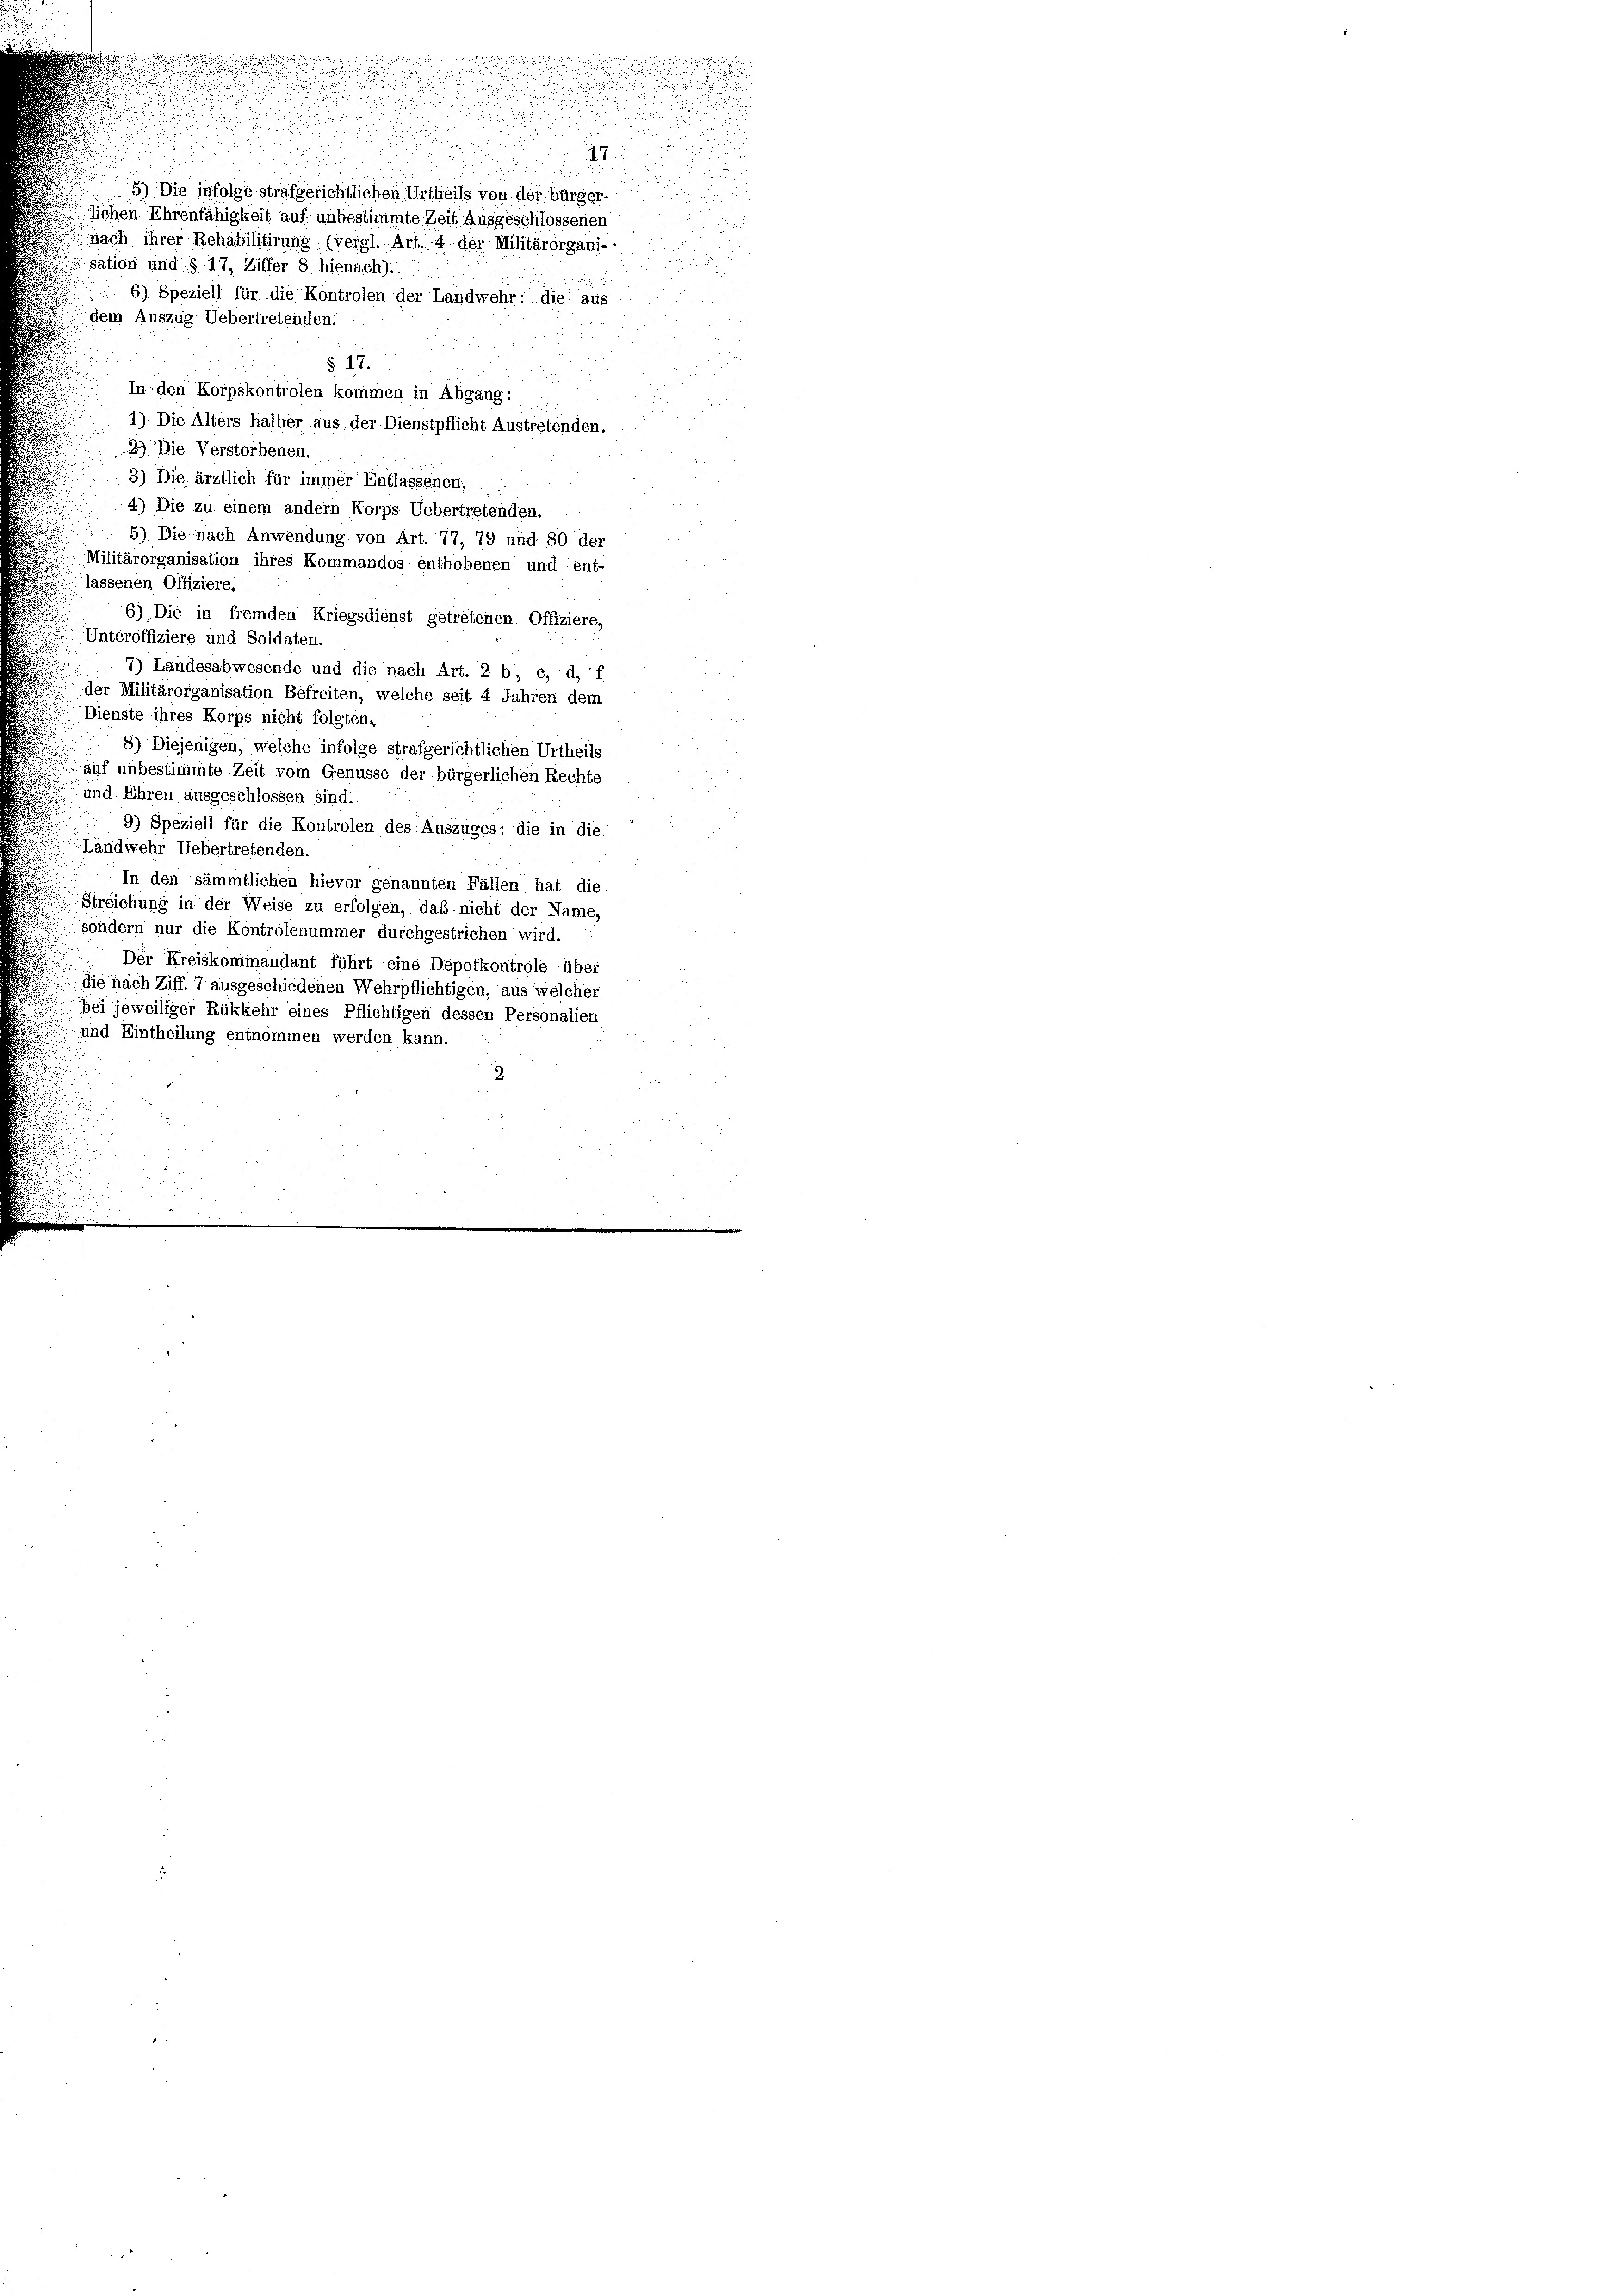
Die infolge strafgerichtlichen Urtheils von der bürgerlichen Ehrenfähigkeit auf unbestimmte Zeit Ausgeschlossenen
nach ihrer Rehabilitirung (vergl. Art. 4 der Militärorgani-
sation und § 17, Ziffer 8 hienach).

6) Speziell für die Kontrolen der Landwehr: die aus
dem Auszug Uebertretenden.
§ 17.
In den Korpskontrolen kommen in Abgang:
1). Die Alters halber aus der Dienstpflicht Austretenden.
2) Die Verstorbenen.
3) Die ärztlich für immer Entlassenen.....
4) Die zu einem andern Korps Uebertretenden. -
5) Die nach Anwendung von Art. 77, 79 und 80 der
Militärorganisation ihres Kommandos enthobenen und ent-
lassenen Offiziere.
6) Die in fremden Kriegsdienst getretenen Offiziere,
Unteroffiziere und Soldaten.
7) Landesabwesende und die nach Art. 2 b, c, d. J
der Militärorganisation Befreiten, welche seit 4 Jahren dem
Dienste ihres Korps nicht folgten,
8) Diejenigen, welche infolge strafgerichtlichen Urtheils
auf unbestimmte Zeit vom Genüsse der bürgerlichen Rechte
und Ehren ausgeschlossen sind.
9) Speziell für die Kontrolen des Auszuges: die in die
Landwehr Uebertretenden.
In den sämmtlichen hievor genannten Fällen hat die
Streichung in der Weise zu erfolgen, daß nicht der Name,
sondern nur die Kontrolenummer durchgestrichen wird.
Der Kreiskommandant führt eine Depotkontrole über
die nach Ziff. 7 ausgeschiedenen Wehrpflichtigen, aus welcher
bei jeweiliger Rükkehr eines Pflichtigen dessen Personalien
und Eintheilung entnommen werden kann.
2

.

innungen und einen ein vo

.

.

12.

.

i
a